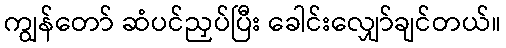
ကျွန်တော် ဆံပင်ညှပ်ပြီး ခေါင်းလျှော်ချင်တယ်။